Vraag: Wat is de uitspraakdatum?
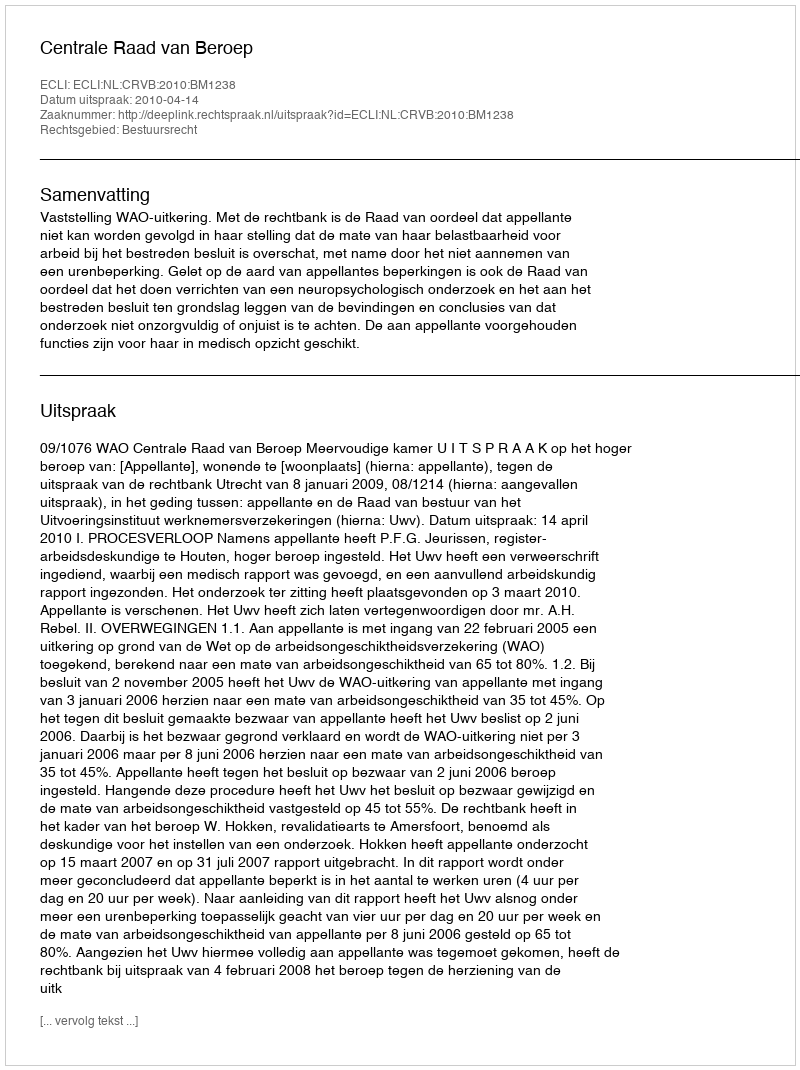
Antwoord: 2010-04-14